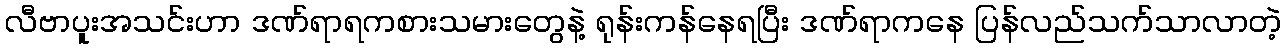
လီဗာပူးအသင်းဟာ ဒဏ်ရာရကစားသမားတွေနဲ့ ရုန်းကန်နေရပြီး ဒဏ်ရာကနေ ပြန်လည်သက်သာလာတဲ့